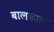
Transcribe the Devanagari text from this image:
बालकाल्य